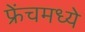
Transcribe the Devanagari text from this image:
फ्रेंचमध्ये